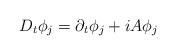
LaTeX: \begin{align*}D_t\phi_j=\partial_t\phi_j+iA\phi_j\end{align*}